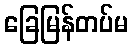
ခြေမြန်တပ်မ